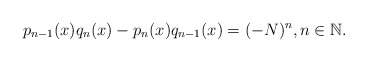
\begin{align*}p_{n-1}(x)q_n(x) - p_n(x)q_{n-1}(x) = (-N)^n, n \in \mathbb{N}. \end{align*}